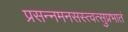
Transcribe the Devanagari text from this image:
प्रसन्नमनसस्त्वत्सुप्रभातं